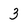
Character: 3